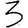
Digit: 3